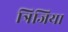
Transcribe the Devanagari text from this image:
त्रिजिया